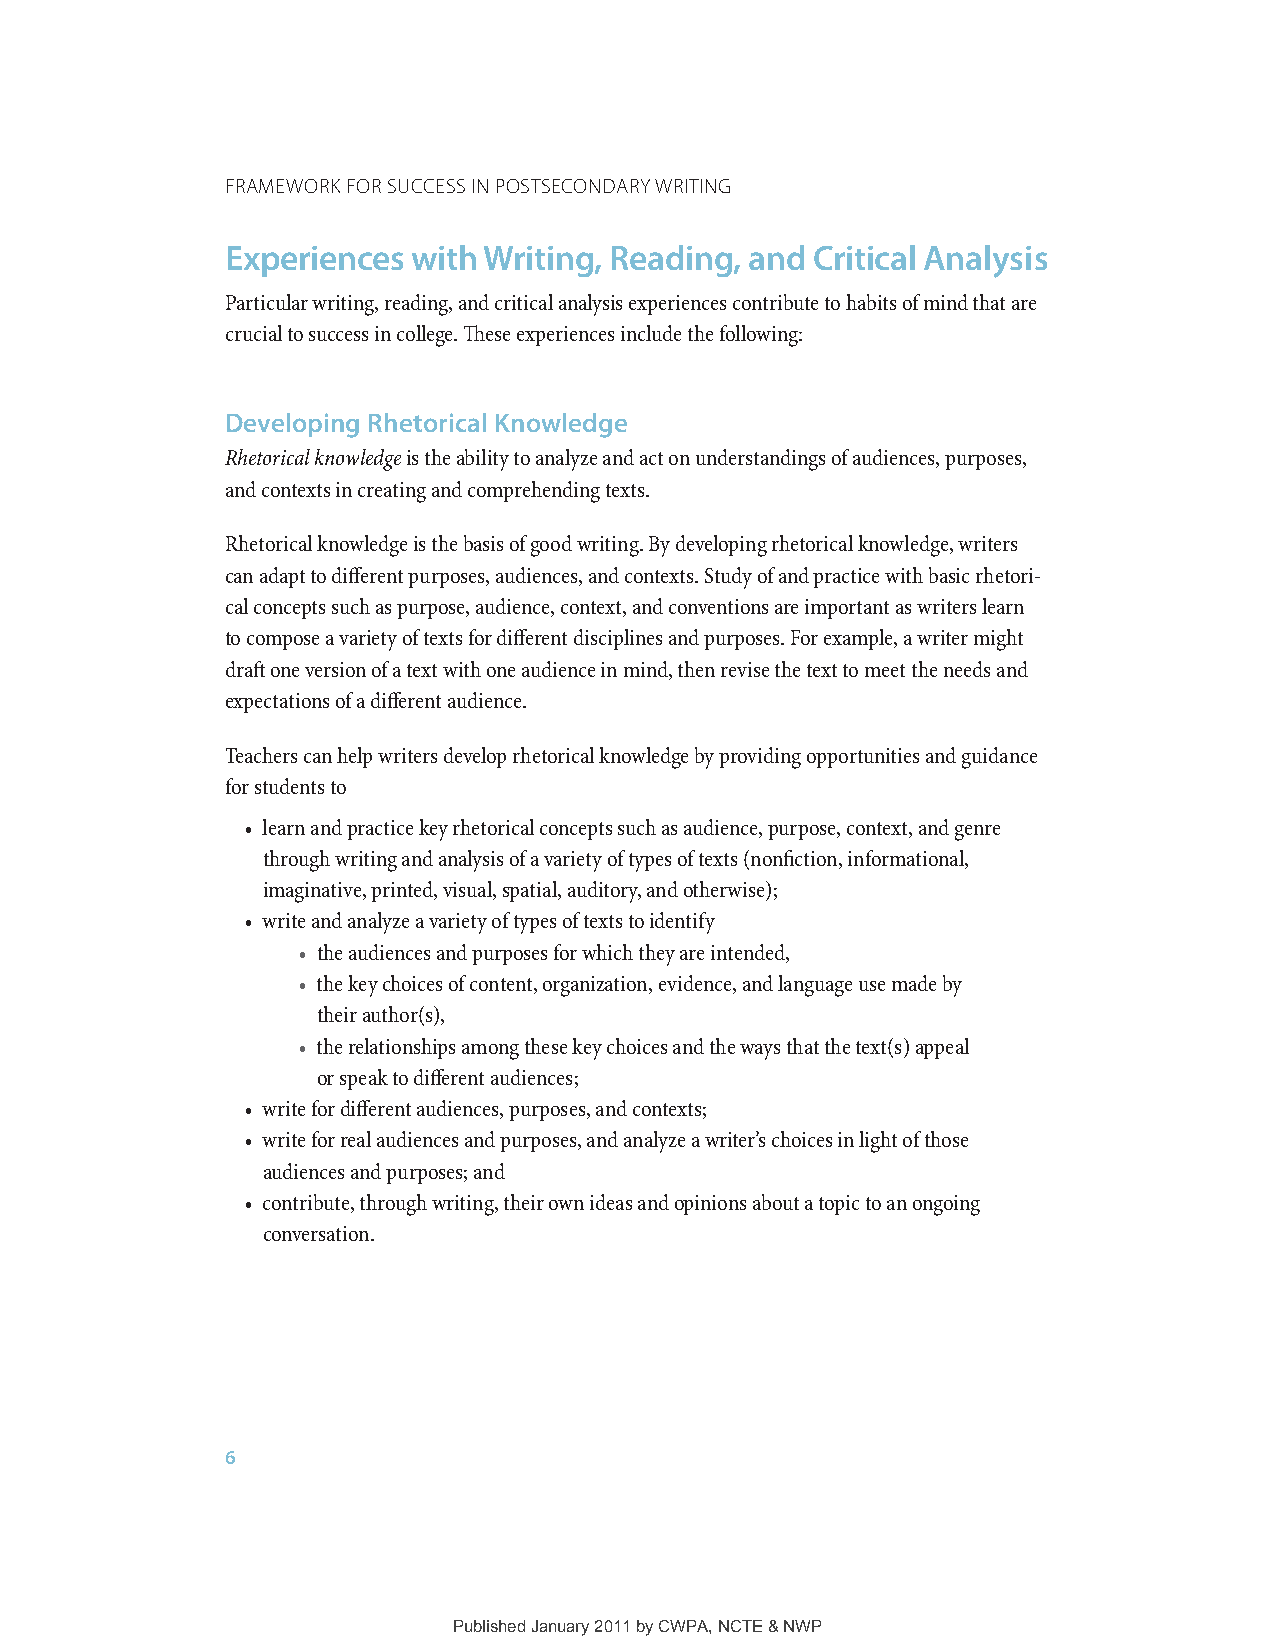
Framework For SucceSS in PoStSecondary writing
 Experiences with Writing, Reading, and Critical Analysis
 Particular writing, reading, and critical analysis experiences contribute to habits of mind that are
 crucial to success in college. These experiences include the following:
 Developing Rhetorical Knowledge
 Rhetorical knowledge is the ability to analyze and act on understandings of audiences, purposes,
 and contexts in creating and comprehending texts.
 Rhetorical knowledge is the basis of good writing. By developing rhetorical knowledge, writers
 can adapt to different purposes, audiences, and contexts. Study of and practice with basic rhetori-
 cal concepts such as purpose, audience, context, and conventions are important as writers learn
 to compose a variety of texts for different disciplines and purposes. For example, a writer might
 draft one version of a text with one audience in mind, then revise the text to meet the needs and
 expectations of a different audience.
 Teachers can help writers develop rhetorical knowledge by providing opportunities and guidance
 for students to
 • learn and practice key rhetorical concepts such as audience, purpose, context, and genre
 through writing and analysis of a variety of types of texts (nonfiction, informational,
 imaginative, printed, visual, spatial, auditory, and otherwise);
 • write and analyze a variety of types of texts to identify
 • the audiences and purposes for which they are intended,
 • the key choices of content, organization, evidence, and language use made by
 their author(s),
 • the relationships among these key choices and the ways that the text(s) appeal
 or speak to different audiences;
 • write for different audiences, purposes, and contexts;
 • write for real audiences and purposes, and analyze a writer’s choices in light of those
 audiences and purposes; and
 • contribute, through writing, their own ideas and opinions about a topic to an ongoing
 conversation.
 6
 Published January 2011 by CWPA, NCTE & NWP